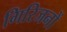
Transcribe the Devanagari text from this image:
गिरिजनों